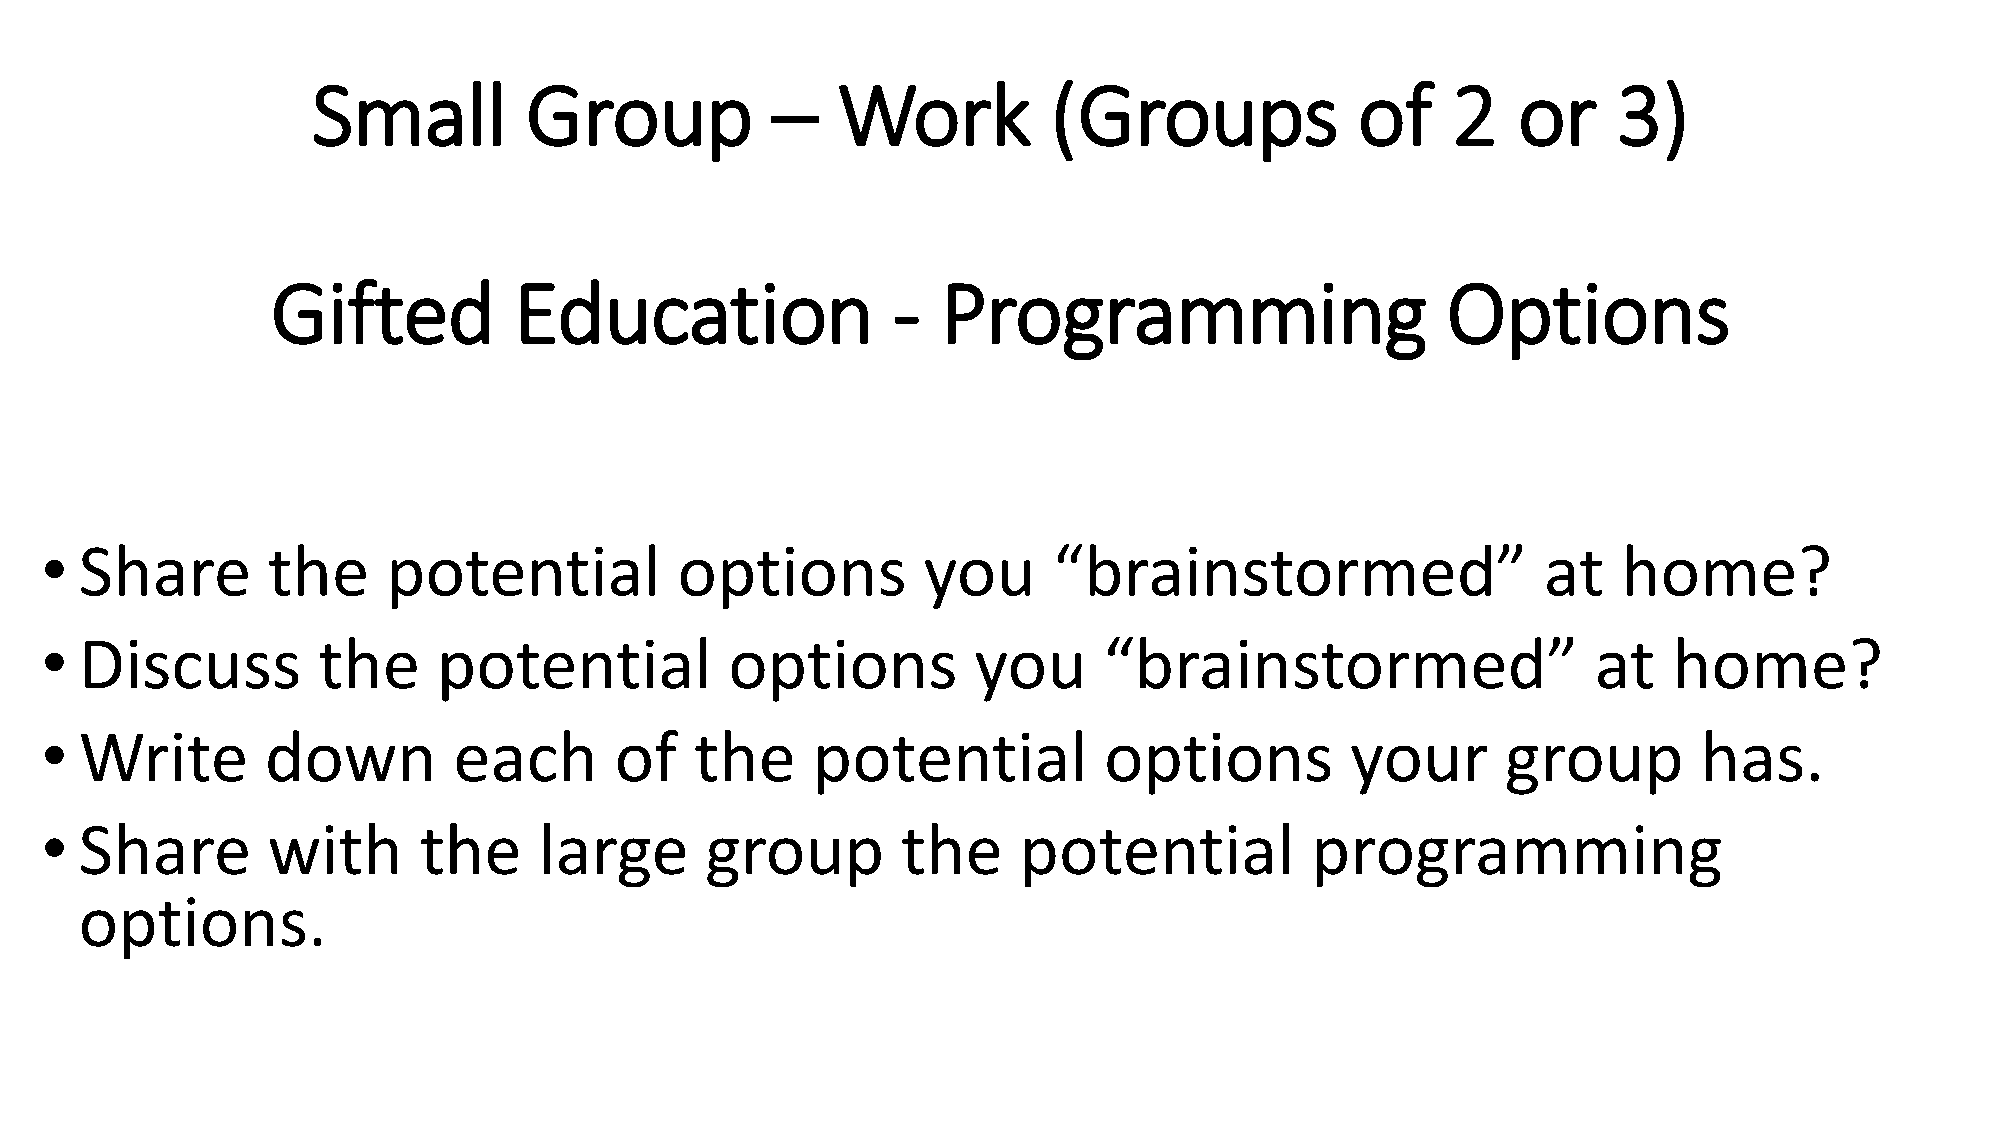
Small         Group           –   Work           (Groups             of    2   or     3)
 Gifted          Education                -  Programming                       Options
 • Share        the     potential          options         you      “brainstormed”                  at   home?
 • Discuss         the     potential          options         you      “brainstormed”                   at   home?
 • Write        down        each       of   the     potential          options         your       group        has.
 • Share        with      the     large      group        the    potential           programming
 options.